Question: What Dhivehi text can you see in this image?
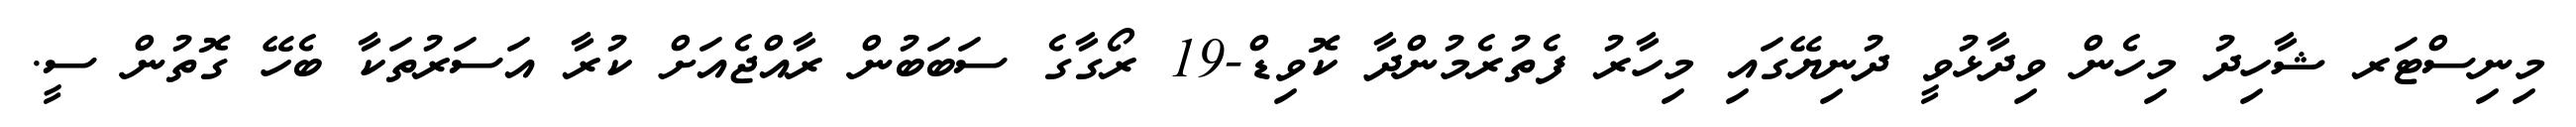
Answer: މިނިސްޓަރ ޝާހިދު މިހެން ވިދާޅުވީ ދުނިޔޭގައި މިހާރު ފެތުރެމުންދާ ކޮވިޑް-19 ރޯގާގެ ސަބަބުން ރާއްޖެއަށް ކުރާ އަސަރުތަކާ ބެހޭ ގޮތުން ސީ.